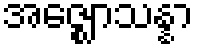
အဇ္ဈောသန္နာ